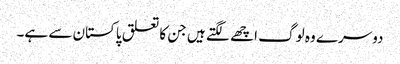
دوسرے وہ لوگ اچھے لگتے ہیں جن کا تعلق پاکستان سے ہے۔